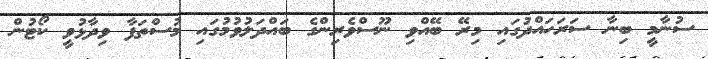
ސުނާމީ ބިނާ ސަރަހައްދުގައި މިރޭ ބޭއްވި ނޫސްވެރިންގެ ބައްދަލުވުމުގައި މުސްތަފާ ވިދާޅުވީ ކޯޓުން